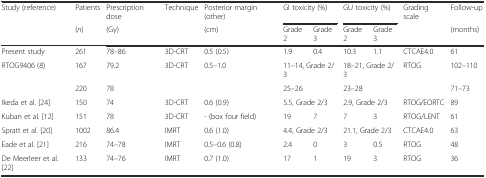
| Study (reference) | Patients | Prescription dose | Technique | Posterior margin (other) | <COLSPAN=2> GI toxicity (%) | <COLSPAN=2> GU toxicity (%) | Grading scale | Follow-up |
 |  | (n) | (Gy) |  | (cm) | Grade 2 | Grade 3 | Grade 2 | Grade 3 |  | (months) |
 | --- | --- | --- | --- | --- | --- | --- | --- | --- | --- | --- |
 | Present study | 261 | 78–86 | 3D-CRT | 0.5 (0.5) | 1.9 | 0.4 | 10.3 | 1.1 | CTCAE4.0 | 61 |
 | RTOG9406 (8) | 167 | 79.2 | 3D-CRT | 0.5–1.0 | <COLSPAN=2> 11–14, Grade 2/3 | <COLSPAN=2> 18–21, Grade 2/3 | RTOG | 102–110 |
 |  | 220 | 78 |  |  | 25–26 |  | 23–28 |  |  | 71–73 |
 | Ikeda et al. [24] | 150 | 74 | 3D-CRT | 0.6 (0.9) | <COLSPAN=2> 5.5, Grade 2/3 | <COLSPAN=2> 2.9, Grade 2/3 | RTOG/EORTC | 89 |
 | Kuban et al. [12] | 151 | 78 | 3D-CRT | - (box four field) | 19 | 7 | 7 | 3 | RTOG/LENT | 61 |
 | Spratt et al. [20] | 1002 | 86.4 | IMRT | 0.6 (1.0) | <COLSPAN=2> 4.4, Grade 2/3 | <COLSPAN=2> 21.1, Grade 2/3 | CTCAE4.0 | 63 |
 | Eade et al. [21] | 216 | 74–78 | IMRT | 0.5–0.6 (0.8) | 2.4 | 0 | 3 | 0.5 | RTOG | 48 |
 | De Meerleer et al. [22] | 133 | 74–76 | IMRT | 0.7 (1.0) | 17 | 1 | 19 | 3 | RTOG | 36 |